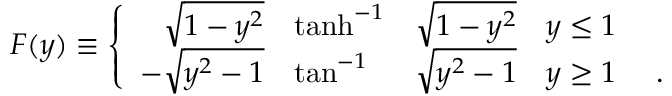
F ( y ) \equiv \left\{ \begin{array} { r l l l c } { { { \sqrt { 1 - y ^ { 2 } } } } } & { { \operatorname { t a n h } ^ { - 1 } } } & { { \sqrt { 1 - y ^ { 2 } } } } & { { y \leq 1 } } \\ { { { - \sqrt { y ^ { 2 } - 1 } } } } & { { \tan ^ { - 1 } } } & { { \sqrt { y ^ { 2 } - 1 } } } & { { y \geq 1 } } & { { ~ . } } \end{array} \right.